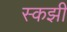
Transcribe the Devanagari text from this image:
स्कझी